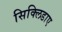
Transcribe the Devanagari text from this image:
सिक्लिडाए